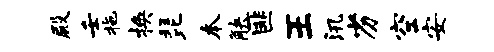
殿壬拖换琵本觖匪王汛劣空安